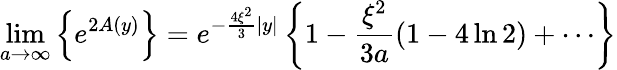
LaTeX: \operatorname*{lim}_{a\rightarrow\infty}\left\{ e^{2A(y)}\right\} =e^{-\frac{4\xi^{2}}{3}|y|}\left\{ 1-\frac{\xi^{2}}{3a}(1-4\ln 2)+\cdots\right\}